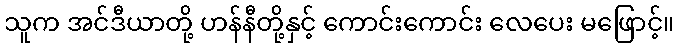
သူက အင်ဒီယာတို့ ဟန်နီတို့နှင့် ကောင်းကောင်း လေပေး မဖြောင့်။